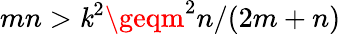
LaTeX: mn>\mathit{k}^{2}\geqm^{2}n/(2m+n)